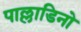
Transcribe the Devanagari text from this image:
पाल्लाडिनो